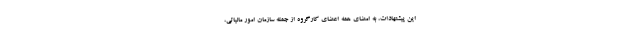
این پیشنهادات، به امضای همه اعضای کارگروه از جمله سازمان امور مالیاتی،